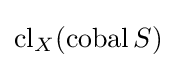
\operatorname {cl} _{X}(\operatorname {cobal} S)